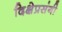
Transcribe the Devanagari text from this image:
दिक्षेप्रसंगी